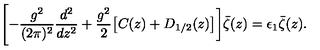
\Biggl [ - { \frac { g ^ { 2 } } { ( 2 \pi ) ^ { 2 } } } { \frac { d ^ { 2 } } { d z ^ { 2 } } } + { \frac { g ^ { 2 } } { 2 } } \bigl [ C ( z ) + D _ { 1 / 2 } ( z ) \bigr ] \biggr ] \bar { \zeta } ( z ) = \epsilon _ { 1 } \bar { \zeta } ( z ) .